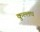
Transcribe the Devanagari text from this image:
कुल्लघ